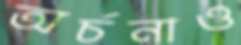
অর্চনাও